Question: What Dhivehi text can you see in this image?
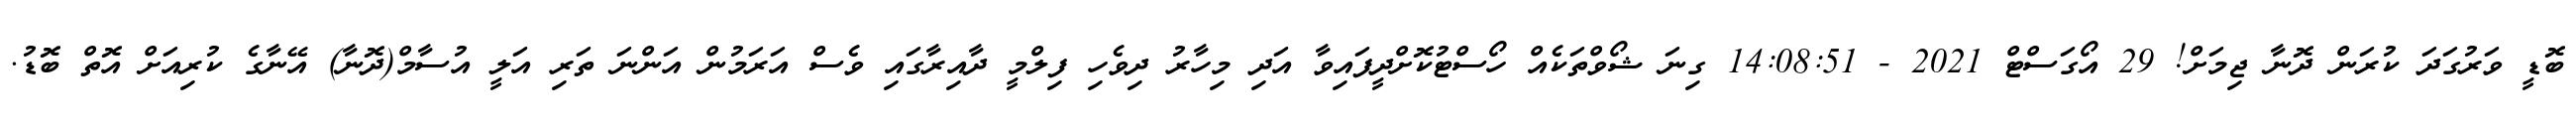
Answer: ބޮޑީ ވަރުގަދަ ކުރަން ދޮނާ ޖިމަށް! 29 އޯގަސްޓް 2021 - 14:08:51 ގިނަ ޝޯވްތަކެއް ހޯސްޓުކޮށްދީފައިވާ އަދި މިހާރު ދިވެހި ފިލްމީ ދާއިރާގައި ވެސް އަރަމުން އަންނަ ތަރި އަލީ އުސާމް(ދޮނާ) އޭނާގެ ކުރިއަށް އޮތް ބޮޑު.